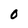
Character: 0